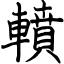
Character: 轒